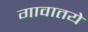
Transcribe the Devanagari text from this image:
गावातये